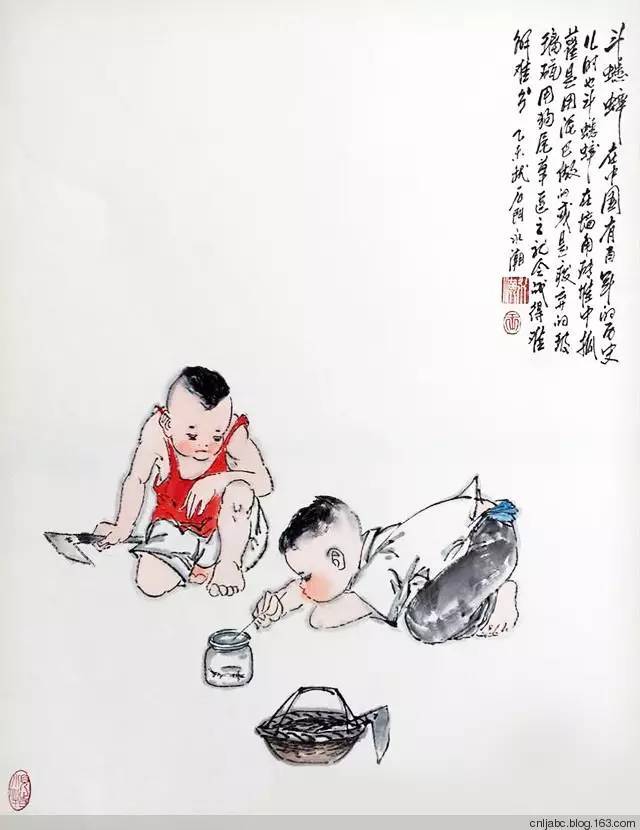
凡斗者，必自以为是，而以人为非也。